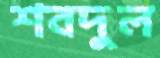
শবদুল